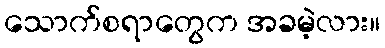
သောက်စရာတွေက အခမဲ့လား။